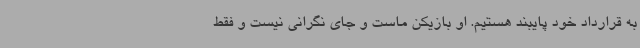
به قرارداد خود پایبند هستیم. او بازیکن ماست و جای نگرانی نیست و فقط